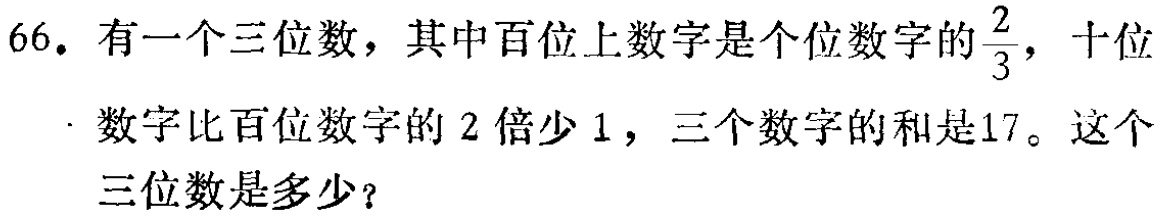
66. 有一个三位数，其中百位上数字是个位数字的$\frac{2}{3}$，十位数字比百位数字的$2$倍少$1$，三个数字的和是$17$。这个三位数是多少？